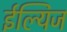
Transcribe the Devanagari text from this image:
ईल्यिज